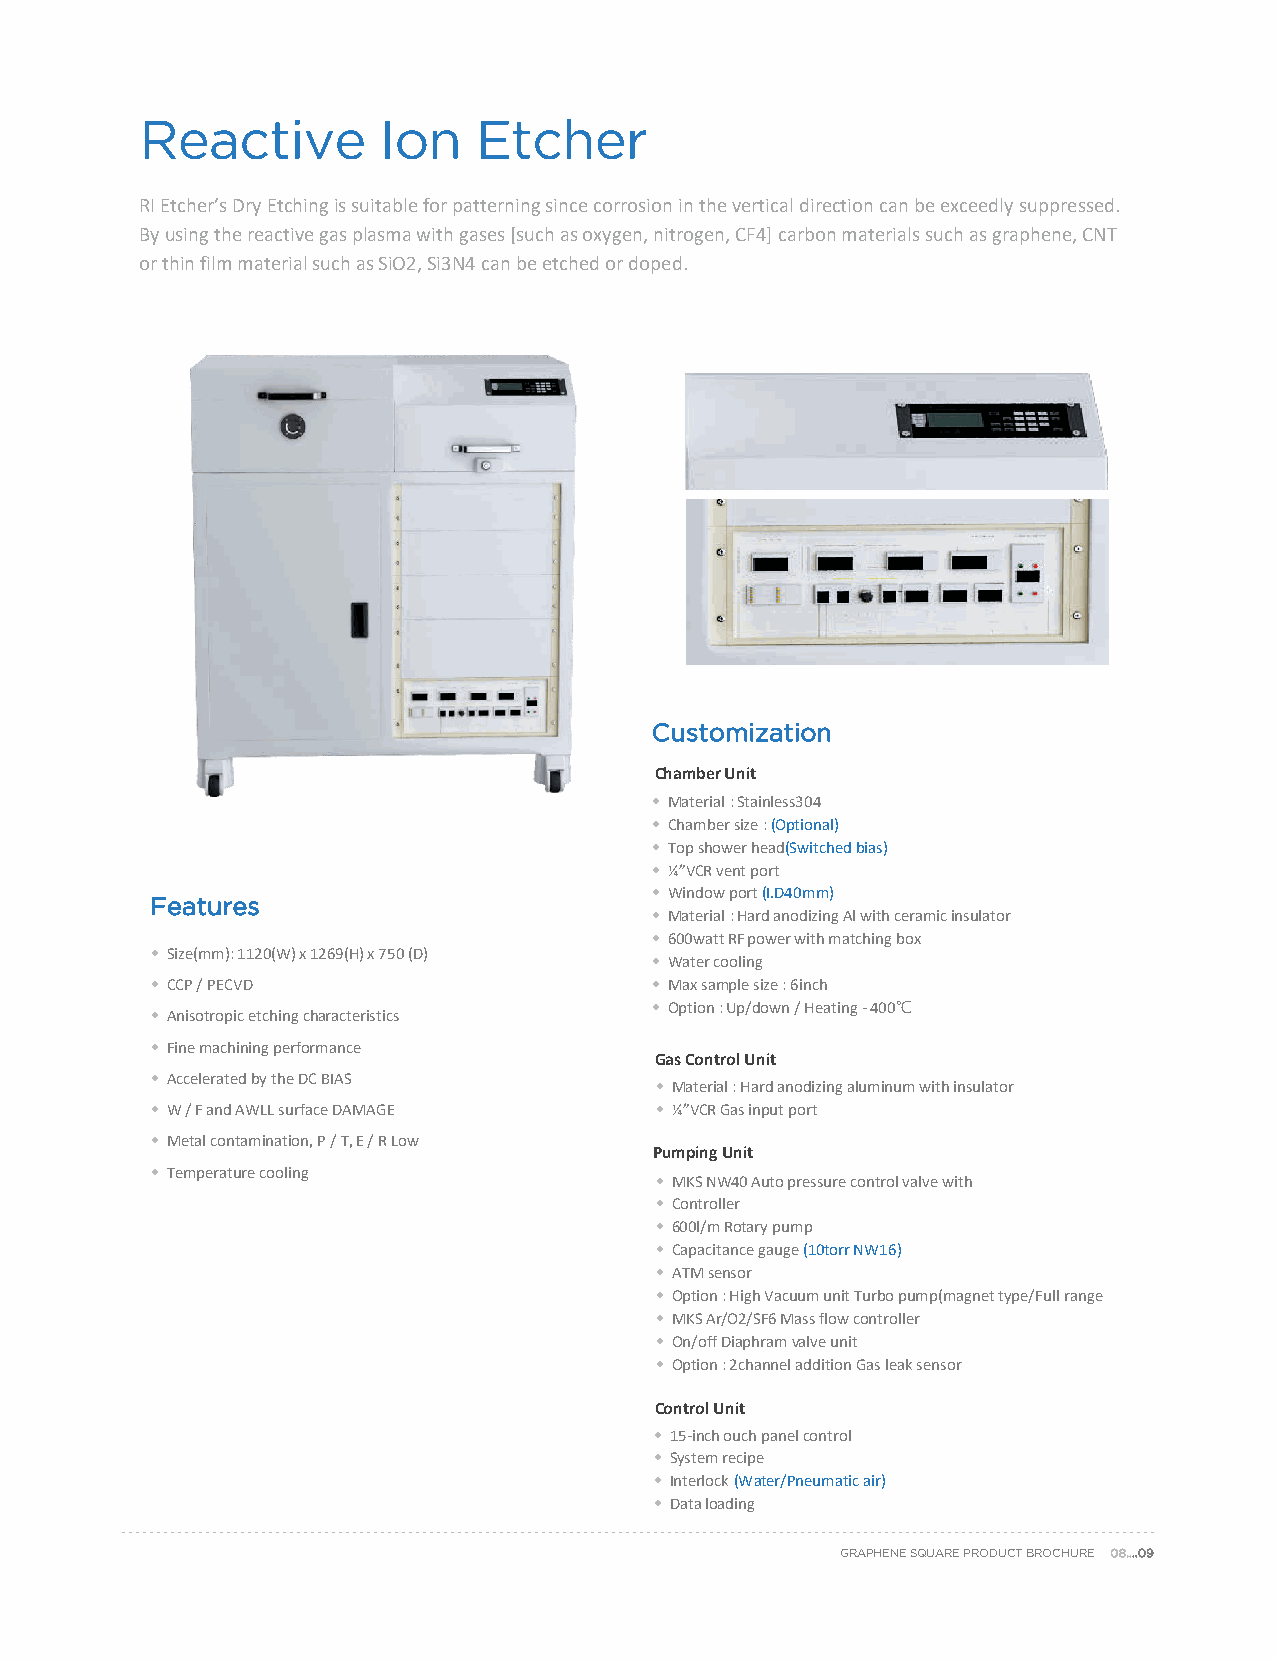
Reactive        Ion   Etcher
 RI Etcher’s Dry Etching is suitable for patterning since corrosion in the vertical direction can be exceedlysuppressed.
 By using the reactive gas plasma with gases [such as oxygen, nitrogen, CF4] carbon materials such as graphene, CNT
 or thin film material such as SiO2, Si3N4 can be etched or doped.
 Customization
 Chamber Unit
 • Material : Stainless304
 • Chamber size :(Optional)
 • Top shower head(Switched bias)
 • ¼”VCR vent port
 • Window port (I.D40mm)
 Features
 • Material : Hard anodizing Al with ceramic insulator
 • 600watt RF power with matching box
 • Size(mm): 1120(W) x 1269(H) x 750 (D)
 • Water cooling
 • CCP / PECVD                    • Max sample size : 6inch
 • Option : Up/down / Heating -400℃
 • Anisotropic etching characteristics
 • Fine machining performance
 Gas Control Unit
 • Accelerated by the DC BIAS
 • Material : Hard anodizing aluminum with insulator
 • W / F and AWLL surface DAMAGE  • ¼”VCR Gas input port
 • Metal contamination, P / T, E / R Low
 Pumping Unit
 • Temperature cooling
 • MKS NW40 Auto pressure control valve with
 • Controller
 • 600l/m Rotary pump
 • Capacitance gauge (10torr NW16)
 • ATM sensor
 • Option : High Vacuum unit Turbo pump(magnet type/Full range
 • MKS Ar/O2/SF6 Mass flow controller
 • On/off Diaphramvalve unit
 *Price willbedetermined after consultation. (Different customization from the • Option : 2channel addition Gas leak sensor
 standard parts will affect the overall price.)
 Control Unit
 • 15-inch ouch panel control
 • System recipe
 • Interlock (Water/Pneumatic air)
 • Data loading
 GRAPHENE SQUARE PRODUCT BROCHURE 08….09